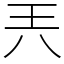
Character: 兲